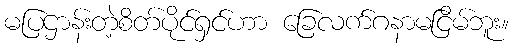
မပြဌာန်းတဲ့စိတ်ပိုင်ရှင်ဟာ ခြေလက်ဂနာမငြိမ်ဘူး။